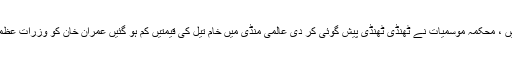
آئندہ 24 گھنٹوں میں بارشیں ، محکمہ موسمیات نے ٹھنڈی ٹھنڈی پیش گوئی کر دی عالمی منڈی میں خام تیل کی قیمتیں کم ہو گئیں عمران خان کو وزرات عظمیٰ سے ہٹانے کی تیاریاں ۔